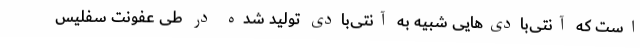
است که آنتی‌بادی‌هایی شبیه به آنتی‌بادی تولید شده در طی عفونت سفلیس